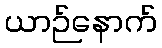
ယာဉ်နောက်